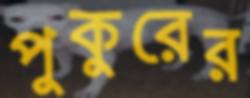
পুকুরের